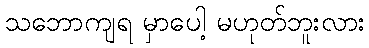
သဘောကျရ မှာပေါ့ မဟုတ်ဘူးလား